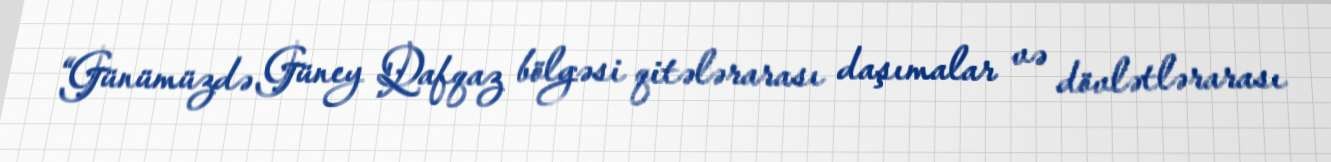
“Günümüzdə Güney Qafqaz bölgəsi qitələrarası daşımalar və dövlətlərarası